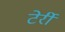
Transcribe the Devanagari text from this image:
टेर्री